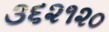
૩૬૨૧૨૦